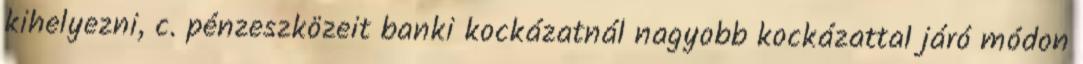
kihelyezni, c. pénzeszközeit banki kockázatnál nagyobb kockázattal járó módon